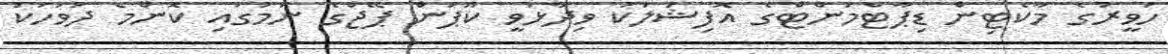
ހަވީރުގެ މާކެޓިން ޑިޕާޓްމަންޓްގެ އޮފިޝަލަކު ވިދާޅުވީ ކޫޕަން ޕޭޖްގެ ނަމުގައި ކޮންމެ ދުވަހަކު